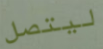
ليتصل